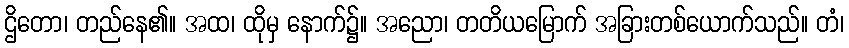
ဌိတော၊ တည်နေ၏။ အထ၊ ထိုမှ နောက်၌။ အညော၊ တတိယမြောက် အခြားတစ်ယောက်သည်။ တံ၊